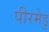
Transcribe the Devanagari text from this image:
पीरमेडु